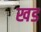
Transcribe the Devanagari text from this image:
खड